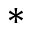
\ast